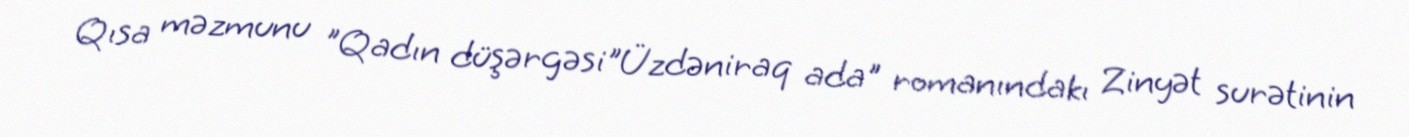
Qısa məzmunu "Qadın düşərgəsi"Üzdəniraq ada" romanındakı Zinyət surətinin